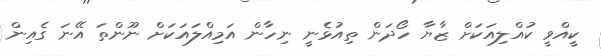
ކީއްވީ ކުއްލިއަކަށް ޒާޔާ ހޯދަން ތިއުޅެނީ ނިހާން އަމިއްލައަކަށް ނޫންތަ އޭނަ ގެއިން